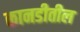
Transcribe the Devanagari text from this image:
कानडीतील